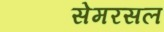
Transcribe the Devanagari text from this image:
सेमरसल